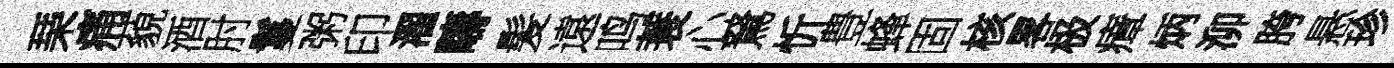
琹痛藐酒肘鬘粥印濯疇髪遠鸣蓑心駑忻豊蜂固核畧极瘴炳泖胯悬珍